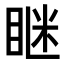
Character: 𥇆